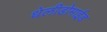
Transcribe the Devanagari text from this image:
थेलीडोमाईड